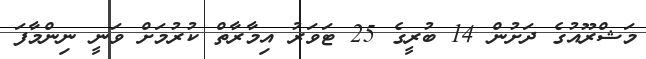
މަޝްރޫއުގެ ދަށުން 14 ބުރީގެ 25 ޓަވަރު އިމާރާތް ކުރުމަށް ވަނީ ނިންމާފަ